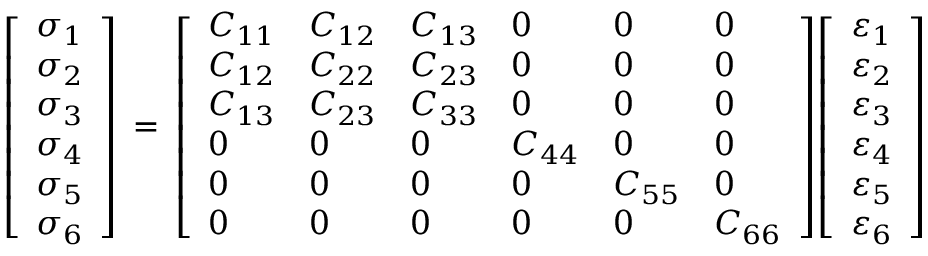
{ \left[ \begin{array} { l } { \sigma _ { 1 } } \\ { \sigma _ { 2 } } \\ { \sigma _ { 3 } } \\ { \sigma _ { 4 } } \\ { \sigma _ { 5 } } \\ { \sigma _ { 6 } } \end{array} \right] } \, = \, { \left[ \begin{array} { l l l l l l } { C _ { 1 1 } } & { C _ { 1 2 } } & { C _ { 1 3 } } & { 0 } & { 0 } & { 0 } \\ { C _ { 1 2 } } & { C _ { 2 2 } } & { C _ { 2 3 } } & { 0 } & { 0 } & { 0 } \\ { C _ { 1 3 } } & { C _ { 2 3 } } & { C _ { 3 3 } } & { 0 } & { 0 } & { 0 } \\ { 0 } & { 0 } & { 0 } & { C _ { 4 4 } } & { 0 } & { 0 } \\ { 0 } & { 0 } & { 0 } & { 0 } & { C _ { 5 5 } } & { 0 } \\ { 0 } & { 0 } & { 0 } & { 0 } & { 0 } & { C _ { 6 6 } } \end{array} \right] } { \left[ \begin{array} { l } { \varepsilon _ { 1 } } \\ { \varepsilon _ { 2 } } \\ { \varepsilon _ { 3 } } \\ { \varepsilon _ { 4 } } \\ { \varepsilon _ { 5 } } \\ { \varepsilon _ { 6 } } \end{array} \right] }